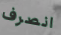
انصرف